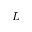
L